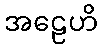
အဠေဟိ